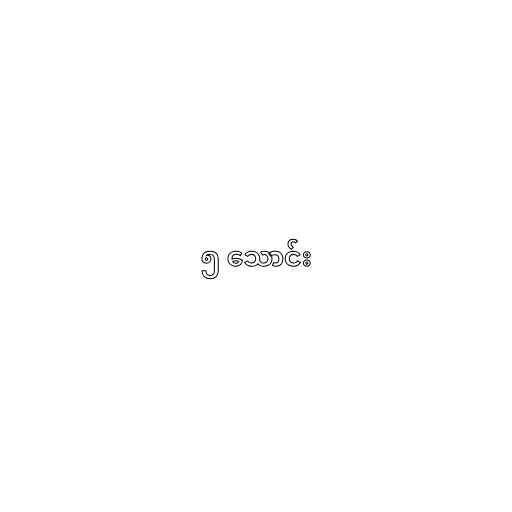
၅ သောင်း